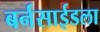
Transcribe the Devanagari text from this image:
बर्नसाईडला